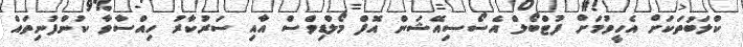
ކްލަބުތަކަށް އެހީވުމަށް ފުޓްބޯލް އެސޯސިއޭޝަން އޮފް މޯލްޑިވްސް އާއި ސަރުކާރު ހިއްސާވާ ކުންފުނިތައް